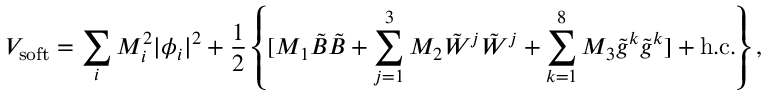
V _ { \mathrm { s o f t } } = \sum _ { i } M _ { i } ^ { 2 } | \phi _ { i } | ^ { 2 } + \frac { 1 } { 2 } \left\{ [ M _ { 1 } \tilde { B } \tilde { B } + \sum _ { j = 1 } ^ { 3 } M _ { 2 } \tilde { W } ^ { j } \tilde { W } ^ { j } + \sum _ { k = 1 } ^ { 8 } M _ { 3 } \tilde { g } ^ { k } \tilde { g } ^ { k } ] + \mathrm { h . c . } \right\} ,